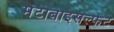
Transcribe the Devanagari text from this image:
मेटाबाइसल्फेट